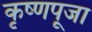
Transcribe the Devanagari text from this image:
कृष्‍णपूजा